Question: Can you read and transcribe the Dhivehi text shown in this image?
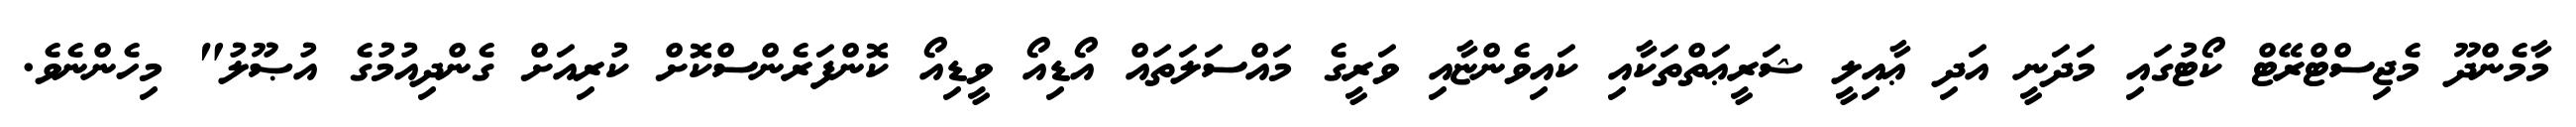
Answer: މާމެންދޫ މެޖިސްޓްރޭޓް ކޯޓުގައި މަދަނީ އަދި ޢާއިލީ ޝަރީޢަތްތަކާއި ކައިވެންޏާއި ވަރީގެ މައްސަލަތައް އޯޑިއޯ ވީޑިއޯ ކޮންފަރެންސްކޮށް ކުރިއަށް ގެންދިއުމުގެ އުޞޫލު" މިހެންނެވެ.